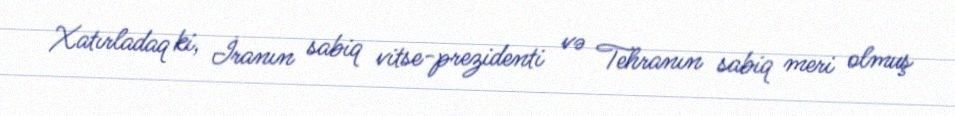
Xatırladaq ki, İranın sabiq vitse-prezidenti və Tehranın sabiq meri olmuş